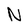
Character: N